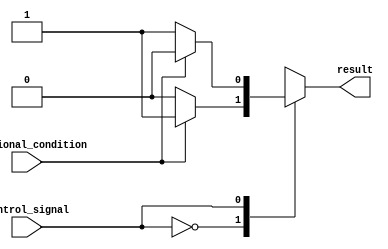
module behavioral_modeling_block(
    input wire control_signal,
    input wire additional_condition,
    output reg result
);

always @*
begin
    case (control_signal)
        2'b00: begin
            if (additional_condition) begin
                result <= 1;
            end
            else begin
                result <= 0;
            end
        end
        
        2'b01: begin
            if (additional_condition) begin
                result <= 0;
            end
            else begin
                result <= 1;
            end
        end
        
        default: begin
            result <= 0;
        end
    endcase
end

endmodule